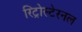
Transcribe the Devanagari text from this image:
रिट्रोस्टेरनल